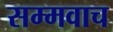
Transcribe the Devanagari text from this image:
सम्मवाच